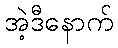
အဲ့ဒီနောက်